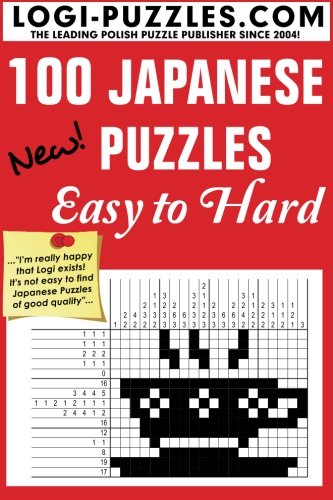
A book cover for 100 Japanese Puzzles - Easy to Hard (Volume 1); LOGI Puzzles; Humor & Entertainment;